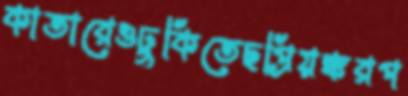
কাতারেওঢুকিতেছপ্রিয়ঙ্করপ